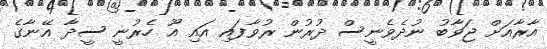
އާރާއަށް ޖަވާބު ނުދެވެނީސް ދުރުން ރުވާފައި އައި އޫ ހެރުނީ ސީދާ އޭނާގެ